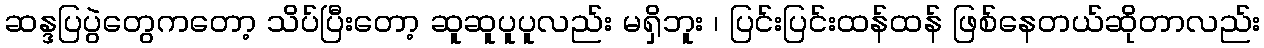
ဆန္ဒပြပွဲတွေကတော့ သိပ်ပြီးတော့ ဆူဆူပူပူလည်း မရှိဘူး ၊ ပြင်းပြင်းထန်ထန် ဖြစ်နေတယ်ဆိုတာလည်း